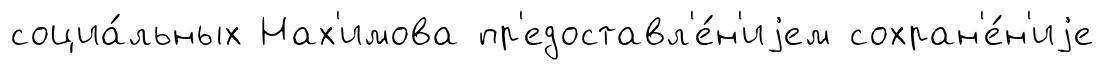
социа́льных Нах'имова пр'едоставл'е́н'иjем сохран'е́н'иjе